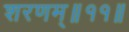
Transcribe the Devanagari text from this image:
शरणम्॥११॥